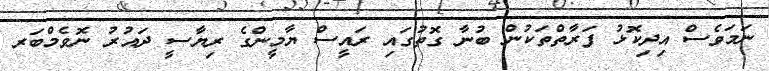
ނަމަވެސް އިދިކޮޅު ފަރާތްތަކުން ބުނާ ގޮތުގައި ރައީސް ޔާމީންގެ ރިޔާސީ ދައުރު ނޮވެމްބަރ